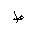
Letter: _da